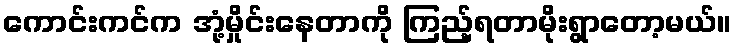
ကောင်းကင်က အုံ့မှိုင်းနေတာကို ကြည့်ရတာမိုးရွာတော့မယ်။